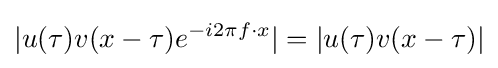
|u(\tau )v(x-\tau )e^{-i2\pi f\cdot x}|=|u(\tau )v(x-\tau )|